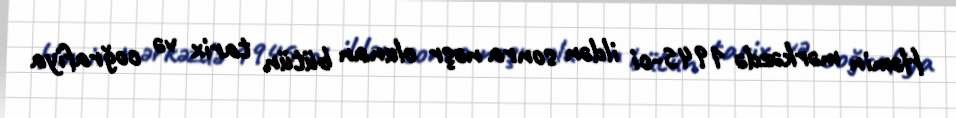
Həmin mərkəzdə 1945-ci ildən sonra nəşr olunan bütün tarix və coğrafiya